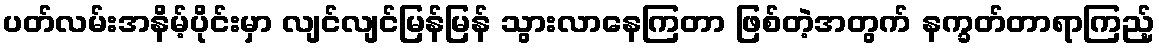
ပတ်လမ်းအနိမ့်ပိုင်းမှာ လျင်လျင်မြန်မြန် သွားလာနေကြတာ ဖြစ်တဲ့အတွက် နက္ခတ်တာရာကြည့်